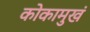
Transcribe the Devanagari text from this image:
कोकामुखं